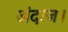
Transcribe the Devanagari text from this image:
अंदाज।